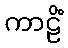
ကာဠိံ